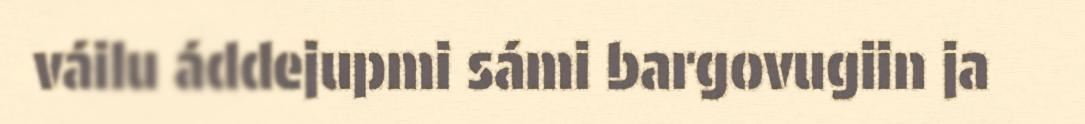
váilu áddejupmi sámi bargovugiin ja